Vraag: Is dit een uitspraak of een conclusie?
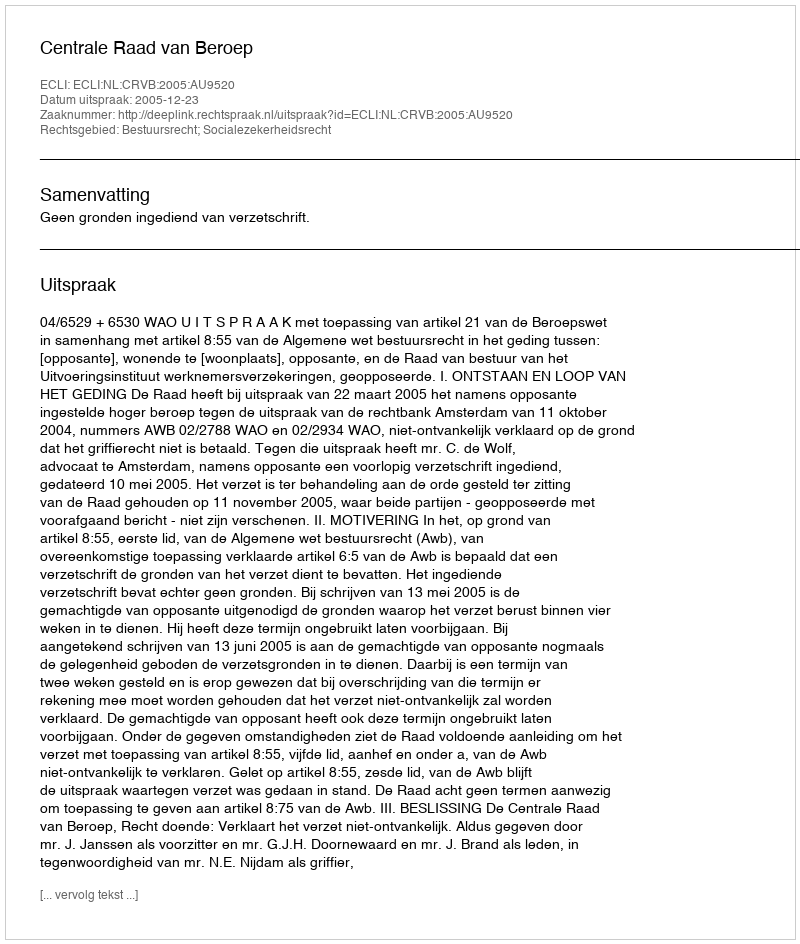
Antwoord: Uitspraak